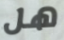
هل